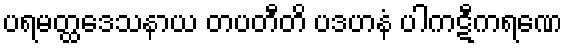
ပရမတ္ထဒေသနာယ တပတီတိ ပဒဟနံ ပါကဋီကရဏေ